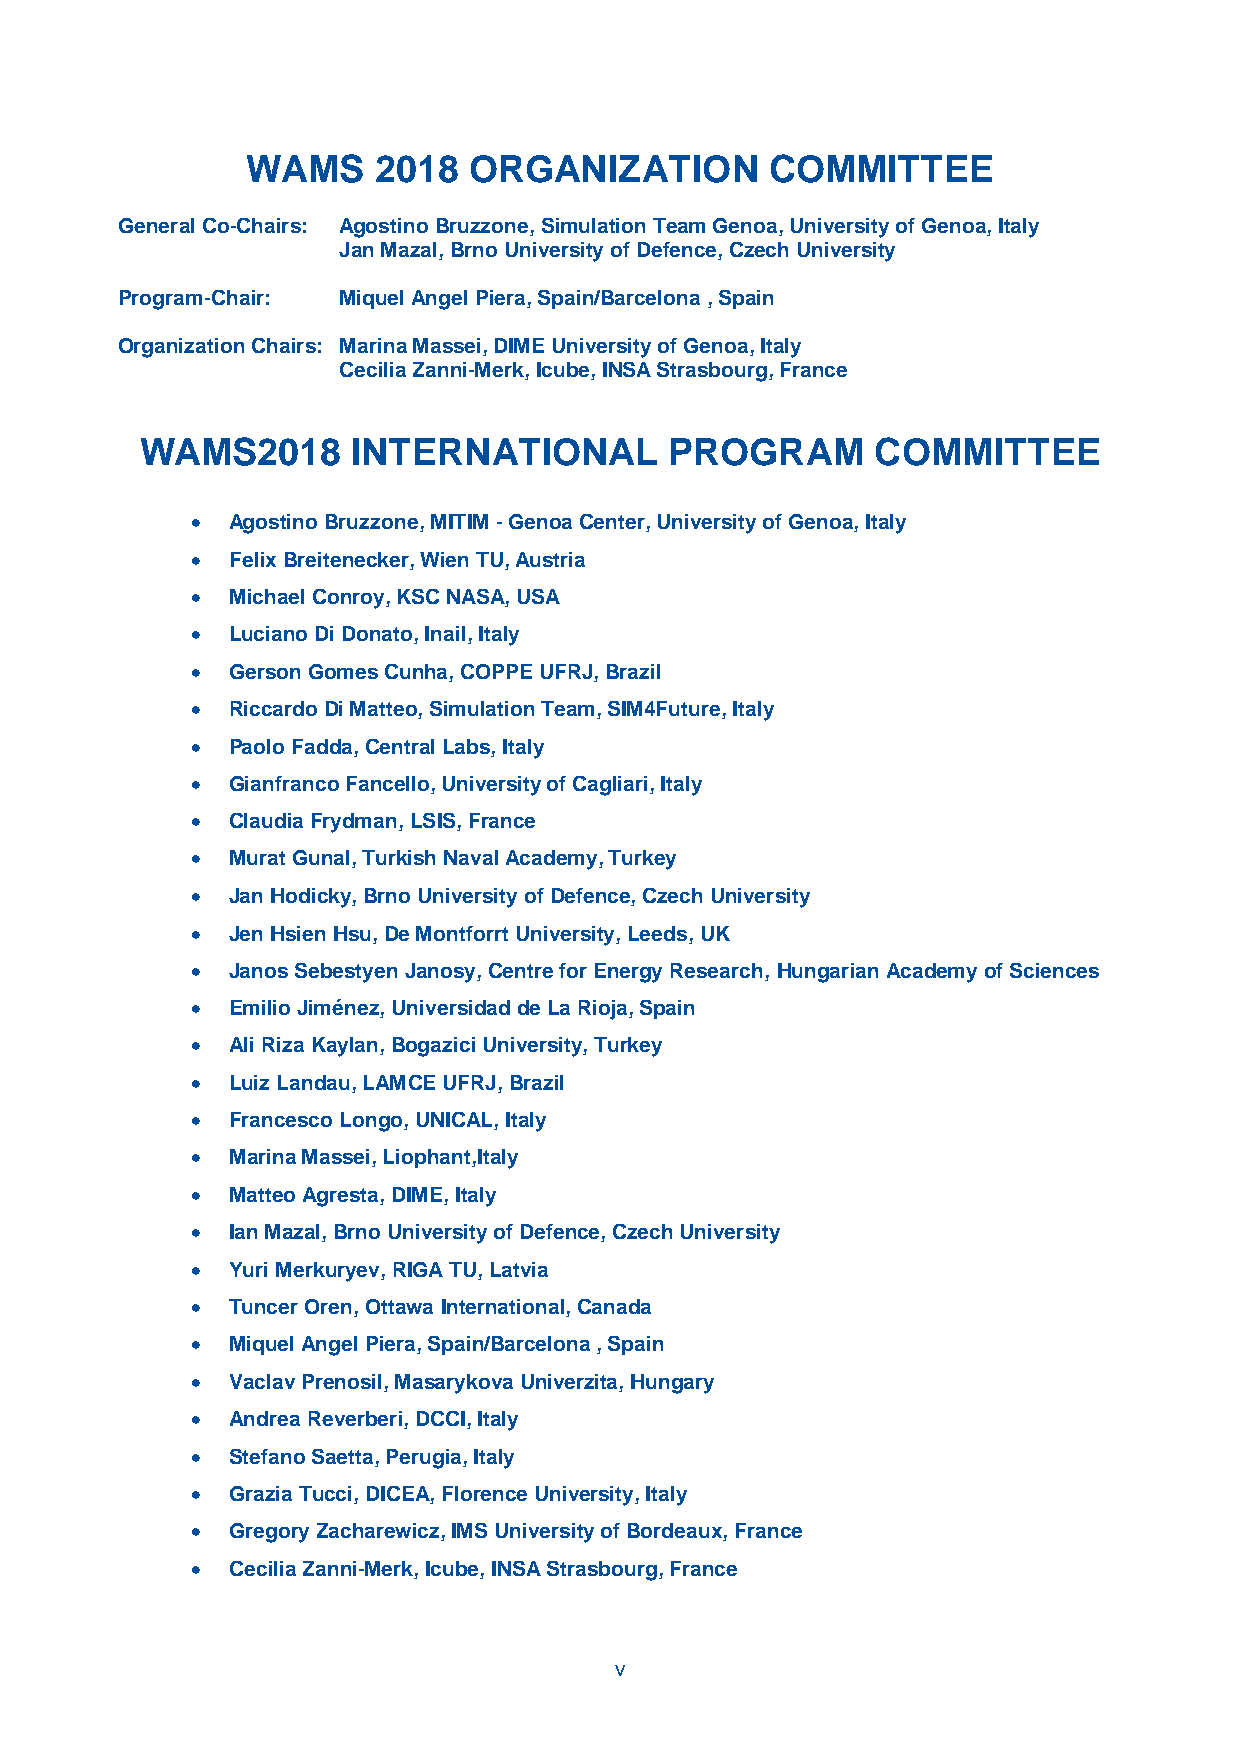
WAMS     2018  ORGANIZATION        COMMITTEE
 General Co-Chairs: Agostino Bruzzone, Simulation Team Genoa, University of Genoa, Italy
 Jan Mazal, Brno University of Defence, Czech University
 Program-Chair: Miquel Angel Piera, Spain/Barcelona , Spain
 Organization Chairs: Marina Massei, DIME University of Genoa, Italy
 Cecilia Zanni-Merk, Icube, INSA Strasbourg, France
 WAMS2018      INTERNATIONAL        PROGRAM       COMMITTEE
  Agostino Bruzzone, MITIM - Genoa Center, University of Genoa, Italy
  Felix Breitenecker, Wien TU, Austria
  Michael Conroy, KSC NASA, USA
  Luciano Di Donato, Inail, Italy
  Gerson Gomes Cunha, COPPE UFRJ, Brazil
  Riccardo Di Matteo, Simulation Team, SIM4Future, Italy
  Paolo Fadda, Central Labs, Italy
  Gianfranco Fancello, University of Cagliari, Italy
  Claudia Frydman, LSIS, France
  Murat Gunal, Turkish Naval Academy, Turkey
  Jan Hodicky, Brno University of Defence, Czech University
  Jen Hsien Hsu, De Montforrt University, Leeds, UK
  Janos Sebestyen Janosy, Centre for Energy Research, Hungarian Academy of Sciences
  Emilio Jiménez, Universidad de La Rioja, Spain
  Ali Riza Kaylan, Bogazici University, Turkey
  Luiz Landau, LAMCE UFRJ, Brazil
  Francesco Longo, UNICAL, Italy
  Marina Massei, Liophant,Italy
  Matteo Agresta, DIME, Italy
  Ian Mazal, Brno University of Defence, Czech University
  Yuri Merkuryev, RIGA TU, Latvia
  Tuncer Oren, Ottawa International, Canada
  Miquel Angel Piera, Spain/Barcelona , Spain
  Vaclav Prenosil, Masarykova Univerzita, Hungary
  Andrea Reverberi, DCCI, Italy
  Stefano Saetta, Perugia, Italy
  Grazia Tucci, DICEA, Florence University, Italy
  Gregory Zacharewicz, IMS University of Bordeaux, France
  Cecilia Zanni-Merk, Icube, INSA Strasbourg, France
 v